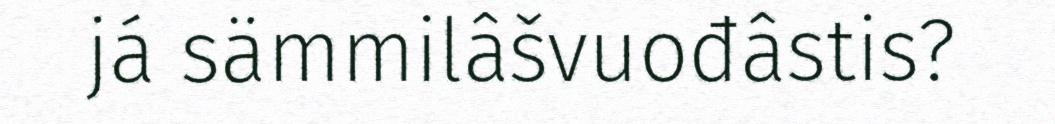
já sämmilâšvuođâstis?